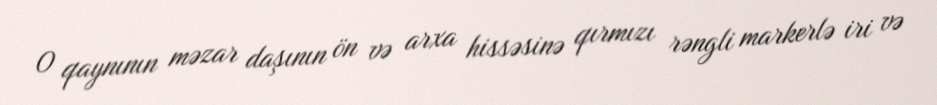
O qaynının məzar daşının ön və arxa hissəsinə qırmızı rəngli markerlə iri və